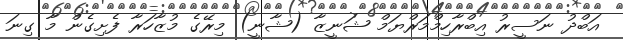
އަބްދު ނަސީރު އިބްރާހިމްމަރްޔަމް ޝަނީޒާ (ޝާނީ) މިރޭގެ މުޒާހަރާ ފެށިގެން މާ ގިނަ